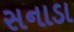
સનાડા